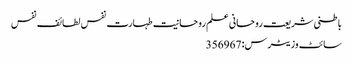
باطنی شریعت روحانی علم روحانیت طہارت نفس لطائف نفس
سائٹ وزیٹرس: 356967